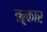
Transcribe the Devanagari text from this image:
ॠकार